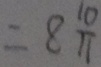
= 8 \frac { 1 0 } { 1 1 }